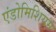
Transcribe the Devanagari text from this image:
एंडोमिशियम